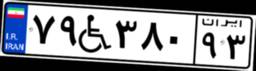
۷۹W۳۸۰۹۳